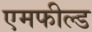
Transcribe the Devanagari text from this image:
एमफील्ड